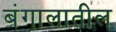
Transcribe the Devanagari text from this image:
बंगालातील